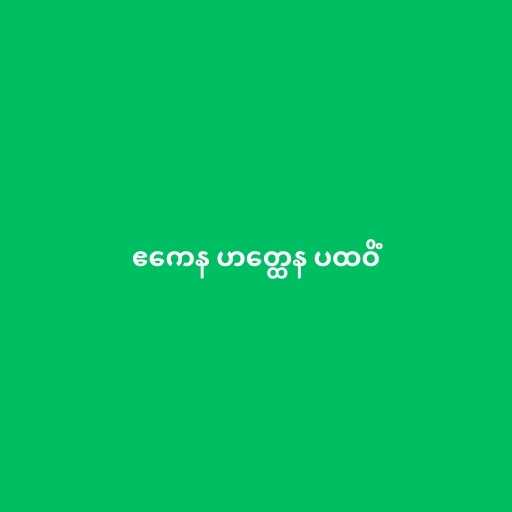
ဧကေန ဟတ္ထေန ပထဝိံ